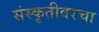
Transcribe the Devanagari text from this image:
संस्कृतीवरचा